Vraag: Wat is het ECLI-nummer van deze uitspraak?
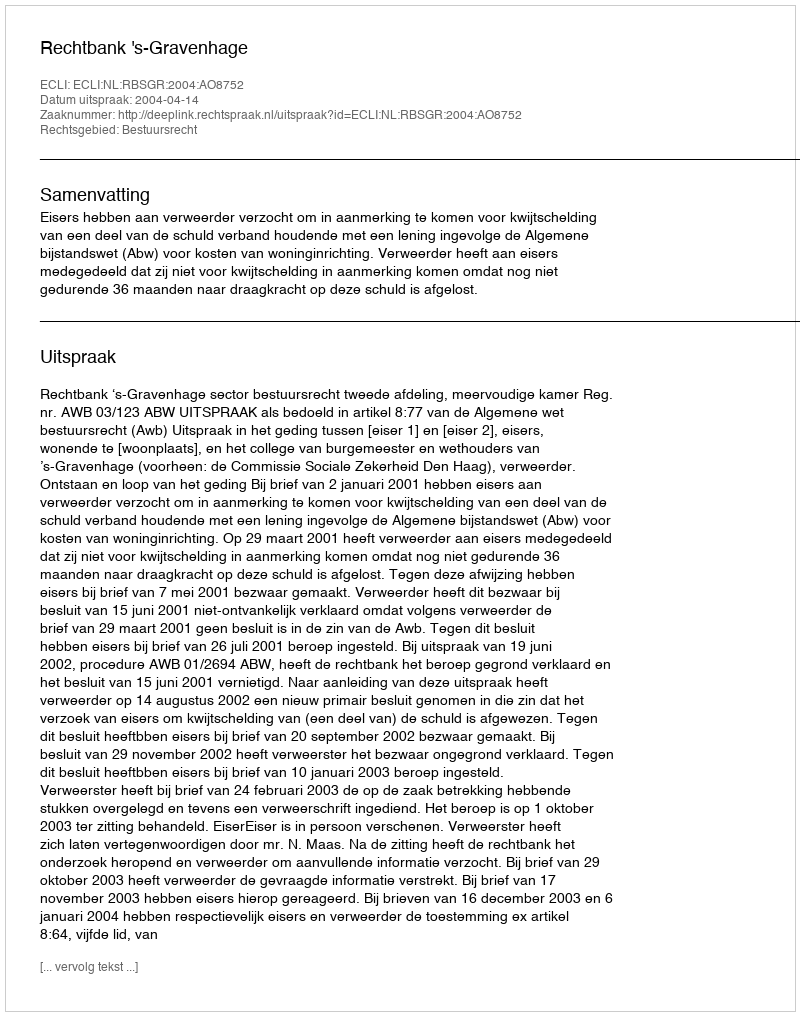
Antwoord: ECLI:NL:RBSGR:2004:AO8752